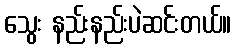
သွေး နည်းနည်းပဲဆင်းတယ်။